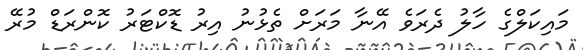
މައިކަލްގެ ހާލު ދެރަވެ އޭނާ މަރަށް ތެޅުނު އިރު ޑޮކްޓަރު ކޮންރަޑް މުރޭ